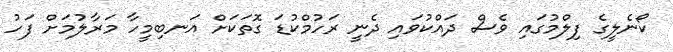
ކޯނެލީގެ ފިލްމުގައި ވެސް ދައްކުވައި ދެނީ ރަހުމްކުޑަ ގޮތަކަށް އަނބިމީހާ މަރާލުމަށް ފަހު